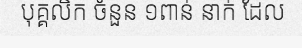
បុគ្គលិក ចំនួន ១ពាន់ នាក់ ដែល